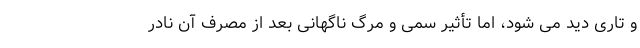
و تاری دید می شود، اما تأثیر سمی و مرگ ناگهانی بعد از مصرف آن نادر